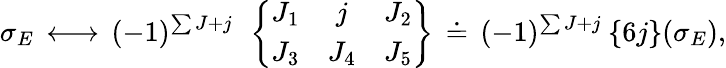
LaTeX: \sigma_{E}\, \longleftrightarrow\, (-1)^{\sum J+j}\: \: \left\{ \begin{array}{ccc}{{J_{1}}}&{{j}}&{{J_{2}}}\\ {{J_{3}}}&{{J_{4}}}&{{J_{5}}}\end{array}\right\} \, \doteq\, (-1)^{\sum J+j}\: \{ 6j\} (\sigma_{E}),